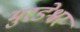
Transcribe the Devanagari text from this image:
मुरडेश्वर